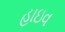
હાઇવ